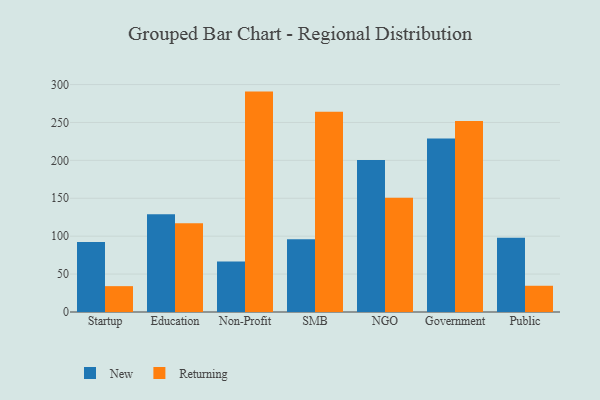
{"axis": {"x": "Segment", "y": "Tickets Resolved"}, "legend": ["New", "Returning"], "data": [{"x": "Startup", "y": 92.3, "type": "New"}, {"x": "Startup", "y": 34.1, "type": "Returning"}, {"x": "Education", "y": 129.0, "type": "New"}, {"x": "Education", "y": 117.0, "type": "Returning"}, {"x": "Non-Profit", "y": 66.5, "type": "New"}, {"x": "Non-Profit", "y": 290.7, "type": "Returning"}, {"x": "SMB", "y": 95.9, "type": "New"}, {"x": "SMB", "y": 264.0, "type": "Returning"}, {"x": "NGO", "y": 200.6, "type": "New"}, {"x": "NGO", "y": 150.6, "type": "Returning"}, {"x": "Government", "y": 228.7, "type": "New"}, {"x": "Government", "y": 252.0, "type": "Returning"}, {"x": "Public", "y": 98.0, "type": "New"}, {"x": "Public", "y": 34.6, "type": "Returning"}]}